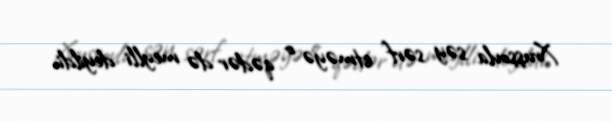
Xruşşovla səy sərf etməyə o qədər də meylli deyildi.